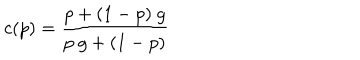
c ( p ) = { \frac { p + ( 1 - p ) \ g } { p \ g + ( 1 - p ) } }